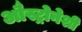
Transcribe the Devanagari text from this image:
औस्ट्रोनेशी